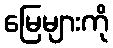
မြေများကို